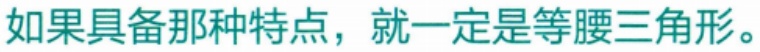
如果具备那种特点，就一定是等腰三角形。